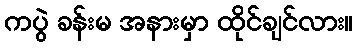
ကပွဲ ခန်းမ အနားမှာ ထိုင်ချင်လား။